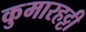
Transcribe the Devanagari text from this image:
कुमारहट्टी